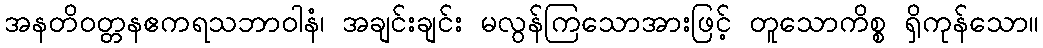
အနတိဝတ္တနဧကရသဘာဝါနံ၊ အချင်းချင်း မလွန်ကြသောအားဖြင့် တူသောကိစ္စ ရှိကုန်သော။